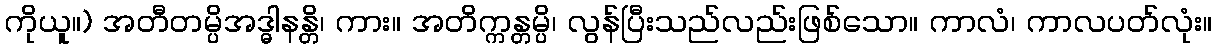
ကိုယူ။) အတီတမ္ပိအဒ္ဓါနန္တိ၊ ကား။ အတိက္ကန္တမ္ပိ၊ လွန်ပြီးသည်လည်းဖြစ်သော။ ကာလံ၊ ကာလပတ်လုံး။